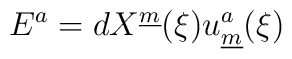
E^a = dX^{\underline{m}}(\xi) u_{\underline{m}}^a (\xi)